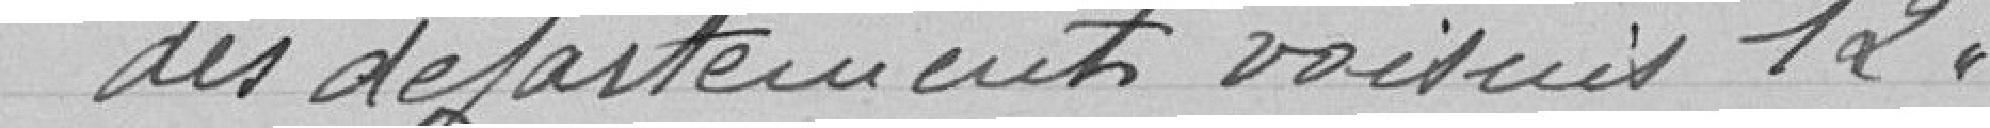
des départements voisins 12